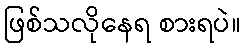
ဖြစ်သလိုနေရ စားရပဲ။